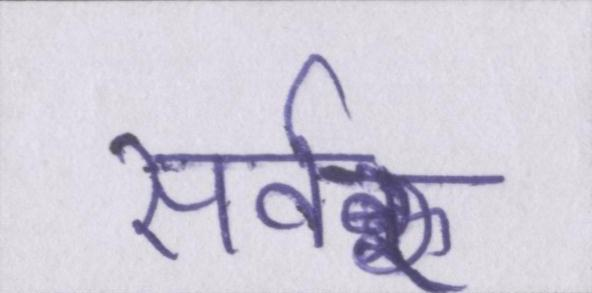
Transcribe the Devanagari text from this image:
सर्वर